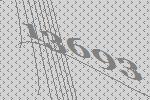
13693